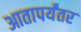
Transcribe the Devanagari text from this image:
आतापर्यंतर